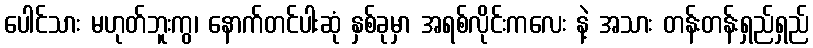
ပေါင်သား မဟုတ်ဘူးကွ၊ နောက်တင်ပါးဆုံ နှစ်ခုမှာ အရစ်လိုင်းကလေး နဲ့ အသား တန်းတန်းရှည်ရှည်